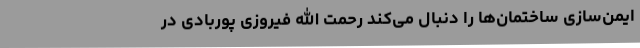
ایمن‌سازی ساختمان‌ها را دنبال می‌کند رحمت الله فیروزی پوربادی در